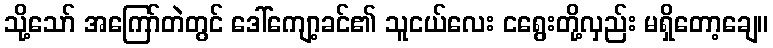
သို့သော် အကြော်တဲတွင် ဒေါ်ကျော့ခင်၏ သူငယ်လေး ငရွေးတို့လှည်း မရှိတော့ချေ။